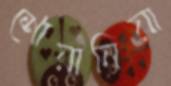
শোয়ানিয়া